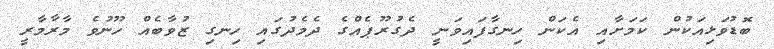
ބޮޑުވަޅިއަކުން ކަމަށާއި އެކަން ހިނގާފައިވަނީ ދެގުރޫޕެއްގެ ދެމެދުގައި ހިނގި ޒުވާބެއް ހޫނުވެ މާރާމާރީ